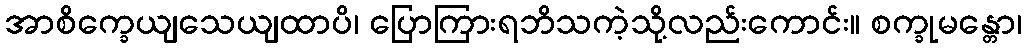
အာစိက္ခေယျသေယျထာပိ၊ ပြောကြားရဘိသကဲ့သို့လည်းကောင်း။ စက္ခုမန္တော၊